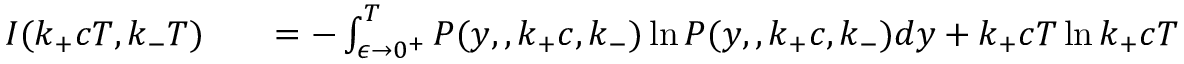
\begin{array} { r l r } { I ( k _ { + } c T , k _ { - } T ) } & { { } } & { = - \int _ { \epsilon \rightarrow 0 ^ { + } } ^ { T } P ( y , , k _ { + } c , k _ { - } ) \ln P ( y , , k _ { + } c , k _ { - } ) d y + k _ { + } c T \ln k _ { + } c T } \end{array}